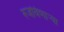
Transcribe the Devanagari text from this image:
रुजविणार्‍या